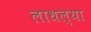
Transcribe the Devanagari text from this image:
लाधल्या